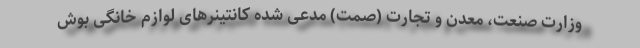
وزارت صنعت، معدن و تجارت (صمت) مدعی شده کانتینر‌های لوازم خانگی بوش